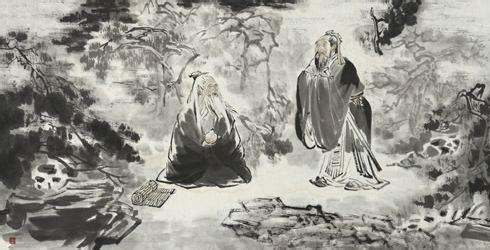
天下有道则见，无道则隐。